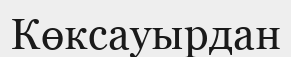
Көксауырдан